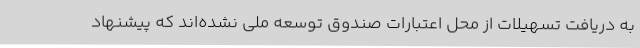
به دریافت تسهیلات از محل اعتبارات صندوق توسعه ملی نشده‌اند که پیشنهاد